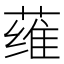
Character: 𮶳